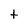
Character: t